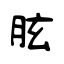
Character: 胘